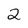
Character: 2